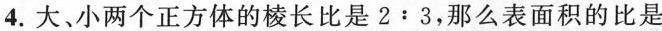
4.大、小两个正方体的棱长比是$$2﹔3$$，那么表面积的比是